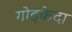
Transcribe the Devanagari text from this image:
गोइकेदा